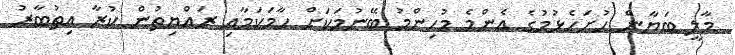
މާލީ ބަޔާން ހުށަހެޅުމުގެ އެންމެ މުހިންމު ބޭނުމަކަށް ހާމަކަމާއި ރައްޔިތުން ކުރާ އިތުބާރު